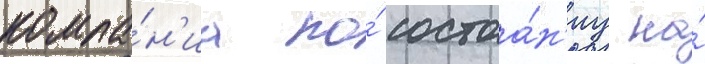
компа́н'иа по́ состоа́н'иу на́